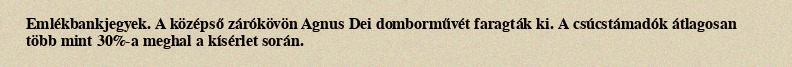
Emlékbankjegyek. A középső zárókövön Agnus Dei domborművét faragták ki. A csúcstámadók átlagosan több mint 30%-a meghal a kísérlet során.